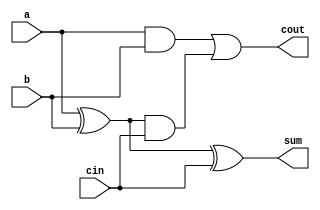
module fulladder (a, b, cin, cout, sum);
    input a , b , cin;
    output cout, sum;

    xor(w0, a , b);
    xor(sum, w0, cin);

    and(w1, a, b);
    and(w2, w0, cin);
    or(cout, w1 ,w2); 
endmodule